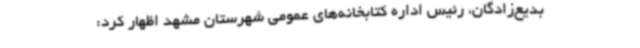
بدیع‌زادگان، رئیس اداره کتابخانه‌های عمومی شهرستان مشهد اظهار کرد: